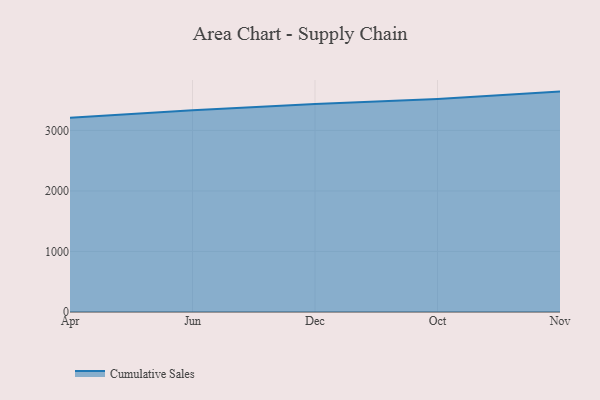
{"axis": {"x": "Month", "y": "Bounce Rate (%)"}, "legend": ["Cumulative Sales"], "data": [{"x": "Apr", "y": 3211.3, "type": "Cumulative Sales"}, {"x": "Jun", "y": 3334.9, "type": "Cumulative Sales"}, {"x": "Dec", "y": 3438.0, "type": "Cumulative Sales"}, {"x": "Oct", "y": 3519.7, "type": "Cumulative Sales"}, {"x": "Nov", "y": 3641.7, "type": "Cumulative Sales"}]}